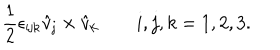
{ \frac { 1 } { 2 } } \epsilon _ { \mathrm { i j k } } \hat { v } _ { \mathrm { j } } \times \hat { v } _ { \mathrm { k } } \qquad i , j , k = 1 , 2 , 3 .